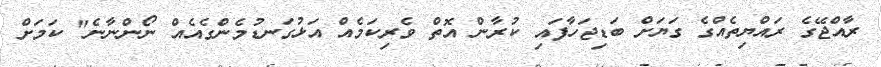
ރާއްޖޭގެ ރައްޔިތެއްގެ ގަޔަށް ބަޑިޖަހާފައި ކުރާން އޮތް ވެރިކަމެއް އަޅުގަނޑުމެންގެއެއް ނޯންނާނެ" ކަމަށް